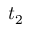
t _ { 2 }